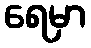
ရေမှာ